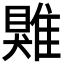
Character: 𩀎